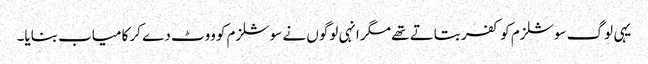
یہی لوگ سوشلزم کو کفر بتاتے تھے مگر انہی لوگوں نے سوشلزم کو ووٹ دے کر کامیاب بنایا۔